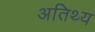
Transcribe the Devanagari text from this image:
अतिथ्य